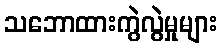
သဘောထားကွဲလွဲမှုများ